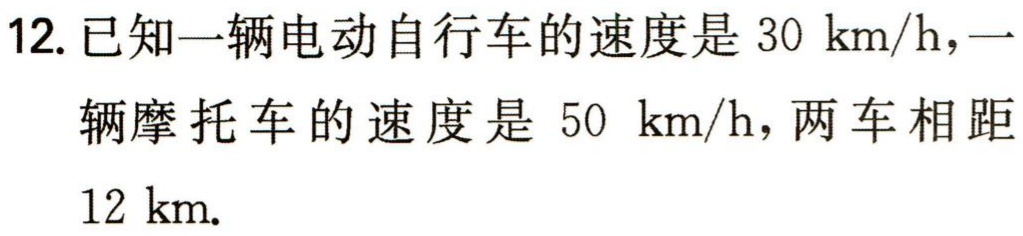
12. 已知一辆电动自行车的速度是 \(30\mathrm{km/h}\)，一辆摩托车的速度是 \(50\mathrm{km/h}\)，两车相距 \(12\mathrm{km}\).